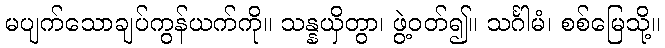
မပျက်သောချပ်ကွန်ယက်ကို။ သန္နယှိတွာ၊ ဖွဲ့ဝတ်၍။ သင်္ဂါမံ၊ စစ်မြေသို့။